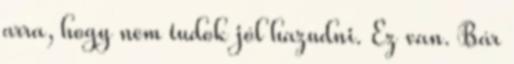
arra, hogy nem tudok jól hazudni. Ez van. Bár